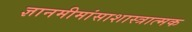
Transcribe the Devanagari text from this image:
ज्ञानमीमांसाशास्त्रात्मक